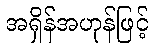
အရှိန်အဟုန်ဖြင့်